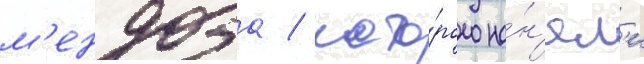
м'ендоза / кото́рого на́н'ял'и